Vaccination Hyderabad 1872-1889 - 1872-1889
Year: 1872
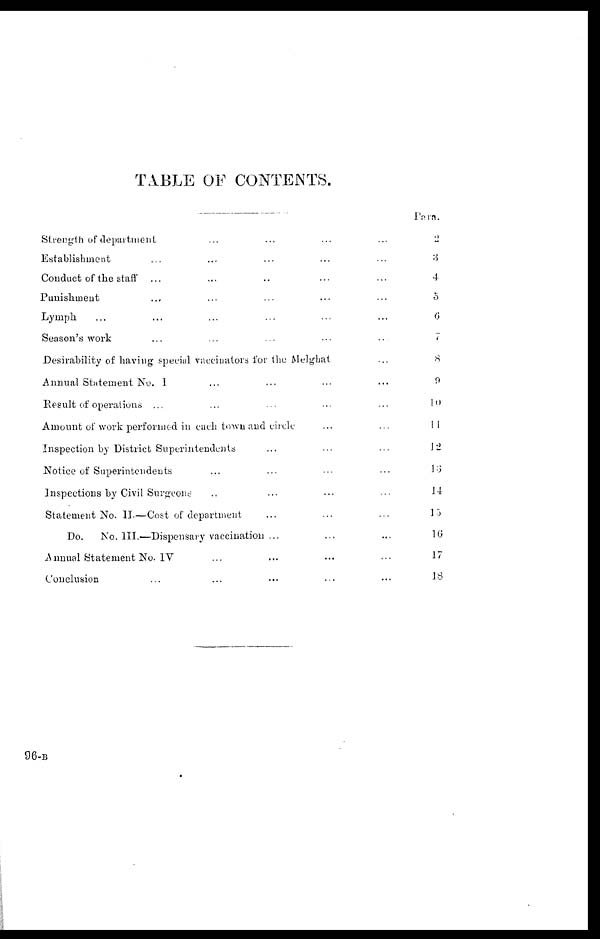
TABLE OF CONTENTS.
Strength of department ... ... ... ...
Establishment ... ... ... ... ...
Conduct of the staff
... ... ... ... ...
Punishment ... ... ... ... ...
Lymph ... ... ... ... ...
Season's work ... ... ... ... ...
Desirability of having special vaccinators for the Melghat ...
Annual Statement No. 1 ... ... ... ...
Result of operations ... ... ... ... ...
Amount of work performed in each town and circle ... ...
Inspection by District Superintendents ... ... ...
Notice of Superintendents ... ... ... ...
Inspections by Civil Surgeons ... ... ... ...
Statement No. II—Cost of department ... ... ...
Do.
No. III.—Dispensary vaccination ... ... ...
Annual Statement No.IV ... ... ... ...
Conclusion ... ... ... ... ...
Para.
2
3
4
5
6
7
8
9
10
11
12
13
14
13
16
17
18
96-B